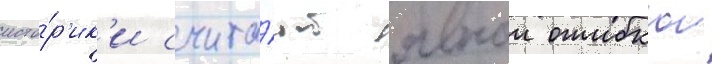
исто́р'ик'и счита́ют явнои ошибкои